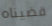
قضيناه